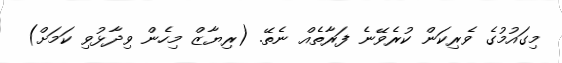
މިގައުމުގެ ވެރިކަން ކުރެވޭނެ ފަރާތެއް ނެތޭ. (ރިޔާޒް މިހެން ވިދާޅުވި ކަމަށް)